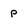
Character: p